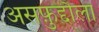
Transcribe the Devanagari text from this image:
असफ़ुद्दौला